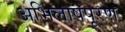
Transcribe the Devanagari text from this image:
अभिलाषपूरण